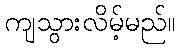
ကျသွားလိမ့်မည်။